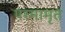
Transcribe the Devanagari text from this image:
परमामृत